Civil Veterinary Dept. North-West Frontier Province 1901-22 - 1901-1922
Year: 1901
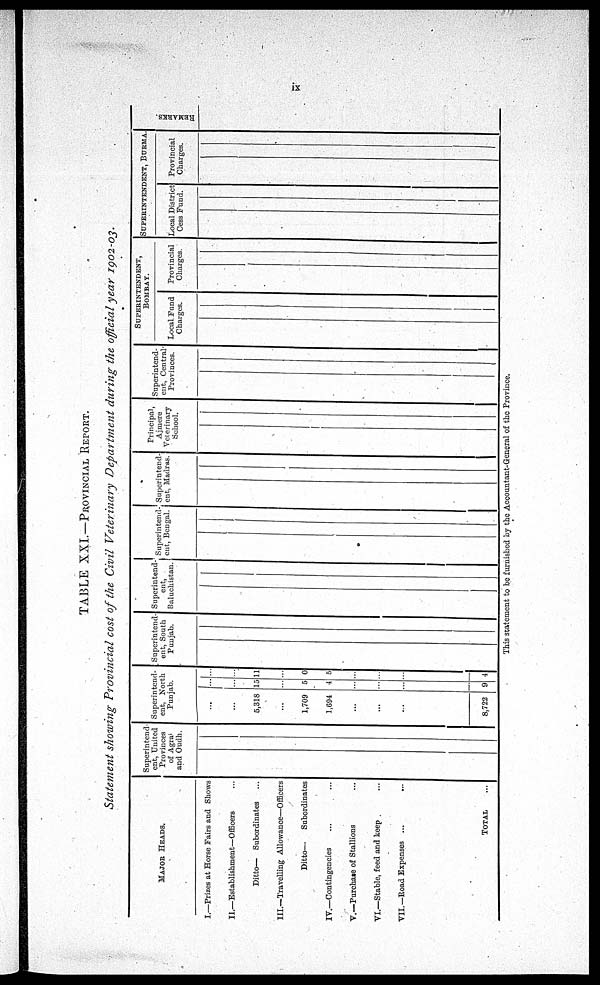
ix
TABLE XXI.—PROVINCIAL REPORT.
Statement showing Provincial cost of the Civil Veterinary Department during the official year 1902-03.
MAJOR HEADS.
I.—Prizes at Horse Fairs and Shows
II.—Establishment—Officers ...
Ditto— Subordinates ...
III.—Travelling Allowance—Officers
Ditto—
Subordinates
IV.—Contingencies ... ...
V.—Purchase of Stallions ...
VI.—Stable, feed and keep ...
VII.—Road Expenses ... ...
TOTAL ...
Superintend-
ent, United
Provinces
of Agra:
and Oudh.
Superintend-
ent, North
Punjab.
...
...
5,318
...
1,709
1,694
...
...
...
8,722
...
15
...
5
4
...
...
...
9
...
11
...
0
5
...
...
...
4
Superintend-
ent, South
Punjab.
Superintend-
ent,
Baluchistan.
Superintend-
ent, Bengal.
Superintend-
ent, Madras.
Principal,
Ajmere
Veterinary
School.
Superintend-
ent, Central
Provinces.
SUPERINTENDENT,
BOMBAY.
Local Fund
Charges.
Provincial
Charges.
SUPERINTENDENT, BURMA
Local District
Cess Fund.
Provincial
Charges.
REMARKS.
This statement to be furnished by the Accountant-General of the Province.